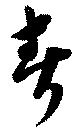
春